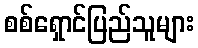
စစ်ရှောင်ပြည်သူများ